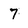
Character: 7